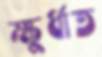
ক্ষুর্ধাত